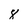
Character: 8